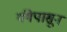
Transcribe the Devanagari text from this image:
गंगेपासून